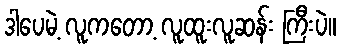
ဒါပေမဲ့ လူကတော့ လူထူးလူဆန်း ကြီးပဲ။